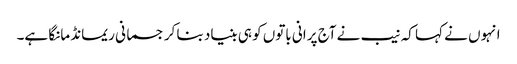
انہوں نے کہا کہ نیب نے آج پرانی باتوں کو ہی بنیاد بنا کر جسمانی ریمانڈ مانگا ہے۔